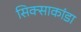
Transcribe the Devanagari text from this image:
सिक्साकांडा